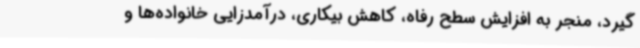
گیرد، منجر به افزایش سطح رفاه، کاهش بیکاری، درآمدزایی خانواده‌ها و